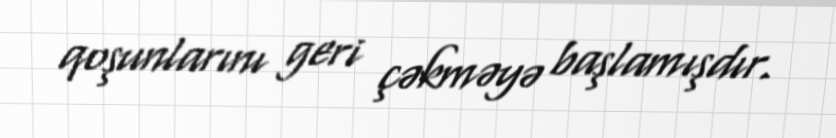
qoşunlarını geri çəkməyə başlamışdır.